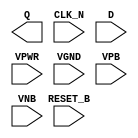
module sky130_fd_sc_ls__dfrtn (
    Q      ,
    CLK_N  ,
    D      ,
    RESET_B,
    VPWR   ,
    VGND   ,
    VPB    ,
    VNB
);

    output Q      ;
    input  CLK_N  ;
    input  D      ;
    input  RESET_B;
    input  VPWR   ;
    input  VGND   ;
    input  VPB    ;
    input  VNB    ;
endmodule